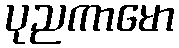
ပုညကာမော